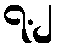
၇.၂